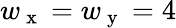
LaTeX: w_{\mathrm{~x~}}=w_{\mathrm{~y~}}=4